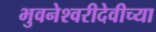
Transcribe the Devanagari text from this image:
भुवनेश्वरीदेवीच्या